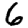
Digit: 6